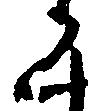
ら